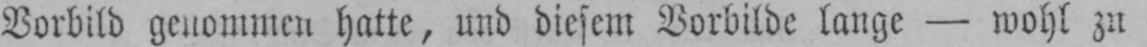
Vorbild genommen hatte, und diesem Vorbilde lange - wohl zu